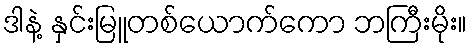
ဒါနဲ့ နှင်းမြူတစ်ယောက်ကော ဘကြီးမိုး။